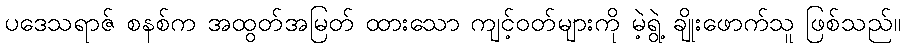
ပဒေသရာဇ် စနစ်က အထွတ်အမြတ် ထားသော ကျင့်ဝတ်များကို မဲ့ရွဲ့ ချိုးဖောက်သူ ဖြစ်သည်။